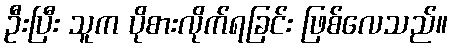
ဦးပြီး သူက ပိုစားလိုက်ရခြင်း ဖြစ်လေသည်။